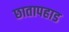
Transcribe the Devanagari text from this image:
छातापहाड